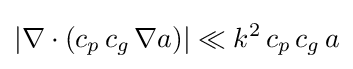
\left|\nabla \cdot (c_{p}\,c_{g}\,\nabla a)\right|\ll k^{2}\,c_{p}\,c_{g}\,a